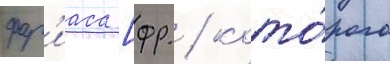
фар'иаса [фр. / кото́рого